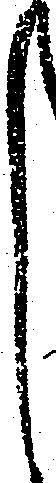
し